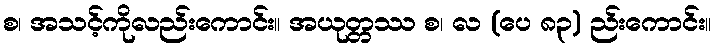
စ၊ အသင့်ကိုလည်းကောင်း။ အယုတ္တဿ စ၊ လ (ပေ ၈၃) ည်းကောင်း။